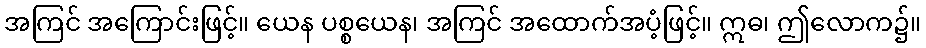
အကြင် အကြောင်းဖြင့်။ ယေန ပစ္စယေန၊ အကြင် အထောက်အပံ့ဖြင့်။ ဣဓ၊ ဤလောက၌။